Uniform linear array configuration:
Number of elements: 64
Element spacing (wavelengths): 1
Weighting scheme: uniform
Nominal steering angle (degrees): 45
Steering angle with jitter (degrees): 46.788
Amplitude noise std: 0.05
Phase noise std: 0.05

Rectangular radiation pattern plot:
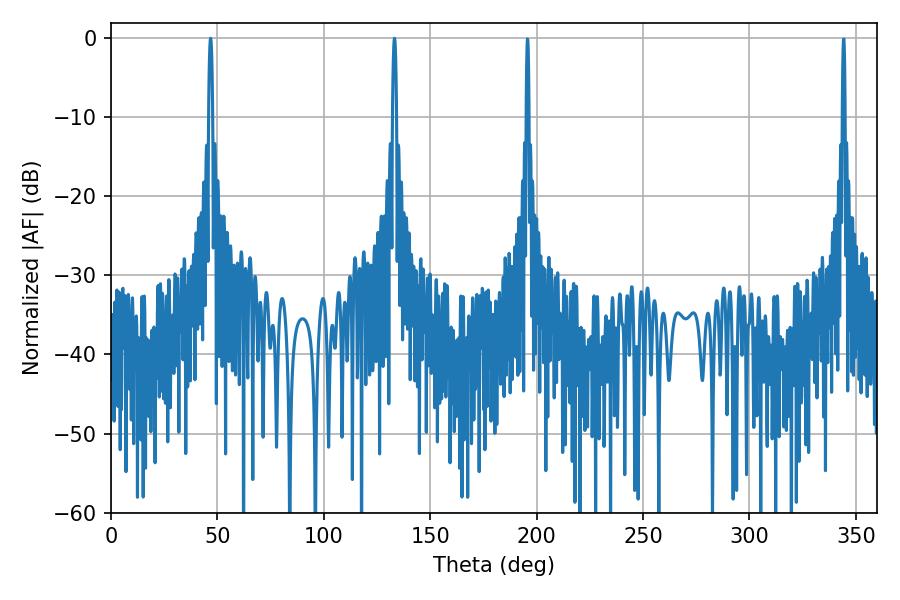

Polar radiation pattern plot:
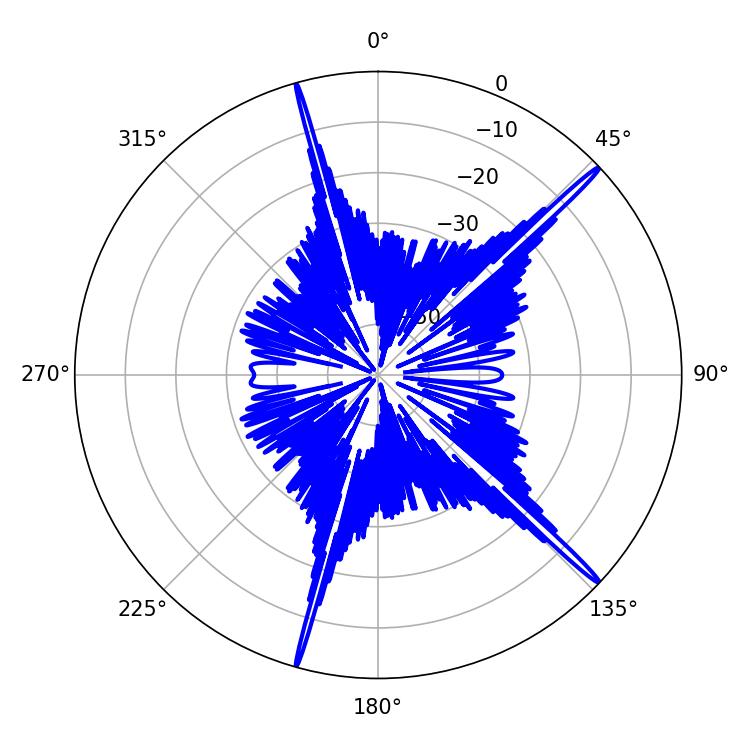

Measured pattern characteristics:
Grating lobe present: TRUE
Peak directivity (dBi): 19.156
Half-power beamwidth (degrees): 1.08
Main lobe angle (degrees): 133.2